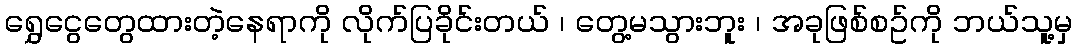
ရွှေငွေတွေထားတဲ့နေရာကို လိုက်ပြခိုင်းတယ် ၊ တွေ့မသွားဘူး ၊ အခုဖြစ်စဥ်ကို ဘယ်သူ့မှ